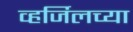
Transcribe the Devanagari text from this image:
व्हर्जिलच्या